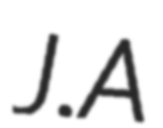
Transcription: J.A